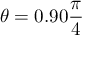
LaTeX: \theta = 0 . 9 0 { \frac { \pi } { 4 } }